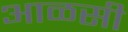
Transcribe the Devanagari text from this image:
आळसी